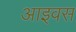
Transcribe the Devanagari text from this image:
आइवस